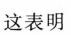
这表明